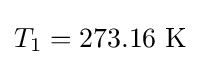
T_{1}=\mathrm {273.16~K}